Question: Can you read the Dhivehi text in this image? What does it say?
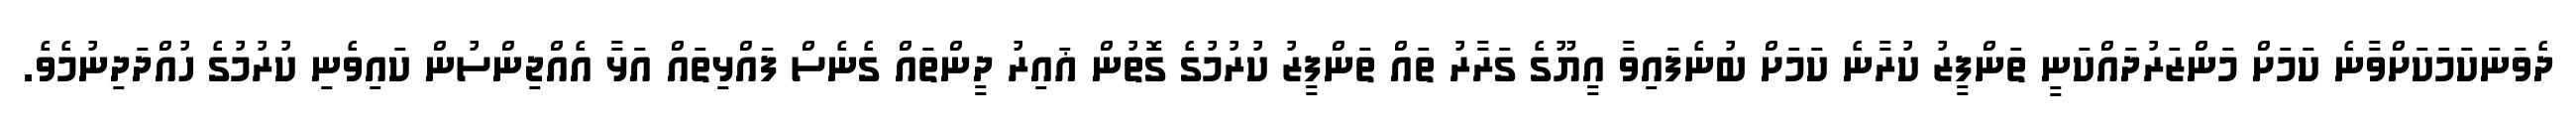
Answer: ދެވަނަކަމަކަށްވާނެ ކަމަށް މަންޒަރުދައްކަނީ ތަންފީޒު ކުރާނެ ކަމަށް ބުނެފައިވާ އީޔޫގެ ގަރާރު ތައް ތަންފީޒު ކުރުމުގެ ގޮތުން ޣައިރު ދީންތައް ގެނެސް ފައްޅިތައް އަޅާ އެއްޖިންސުން ކައިވެނި ކުރުމުގެ ހުއްދަދިނުމެވެ.